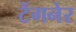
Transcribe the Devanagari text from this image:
टेंगनेर